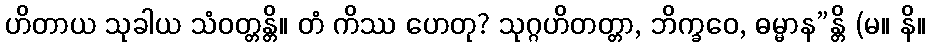
ဟိတာယ သုခါယ သံဝတ္တန္တိ။ တံ ကိဿ ဟေတု? သုဂ္ဂဟိတတ္တာ, ဘိက္ခဝေ, ဓမ္မာန”န္တိ (မ။ နိ။